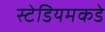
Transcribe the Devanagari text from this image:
स्टेडियमकडे